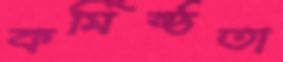
কর্মিষ্ঠতা